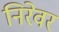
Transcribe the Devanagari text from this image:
निरेवर